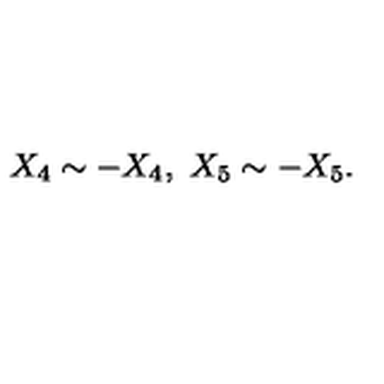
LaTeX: X _ { 4 } \sim - X _ { 4 } , \ X _ { 5 } \sim - X _ { 5 } .